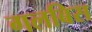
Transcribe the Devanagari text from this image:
गलबिस